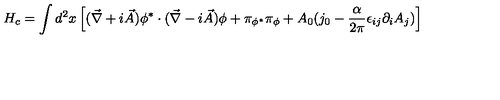
H _ { c } = \int d ^ { 2 } x \left[ ( { \vec { \nabla } } + i { \vec { A } } ) \phi ^ { * } \cdot ( { \vec { \nabla } } - i { \vec { A } } ) \phi + \pi _ { \phi ^ { * } } \pi _ { \phi } + A _ { 0 } ( j _ { 0 } - \frac { \alpha } { 2 \pi } \epsilon _ { i j } \partial _ { i } A _ { j } ) \right]